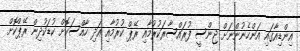
އިންޑިއާގައި އަންހެނުންނަށް ޖިންސީ ފުރައްސާރަކުރުމާއި ރޭޕް ކުރުމާއި އަދި ހާއްސަކޮށް ކުޑަކުދިން ރޭޕްކޮށް